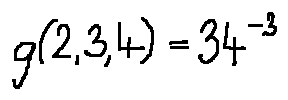
g ( 2 , 3 , 4 ) = 3 4 ^ { - 3 }